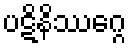
ပဋိနိဿဂ္ဂေ